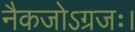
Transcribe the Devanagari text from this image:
नैकजोऽग्रजः।